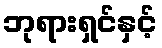
ဘုရားရှင်နှင့်